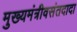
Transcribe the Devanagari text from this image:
मुख्यमंत्रीवसंतदादा